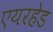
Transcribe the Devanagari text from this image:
एयरहेड